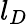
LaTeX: l_{D}